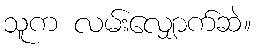
သူက လမ်းလျှောက်ဆဲ။